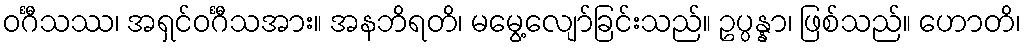
ဝင်္ဂီသဿ၊ အရှင်ဝင်္ဂီသအား။ အနဘိရတိ၊ မမွေ့လျော်ခြင်းသည်။ ဥပ္ပန္နာ၊ ဖြစ်သည်။ ဟောတိ၊